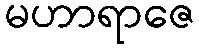
မဟာရာဇေ